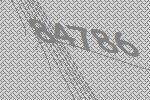
84786